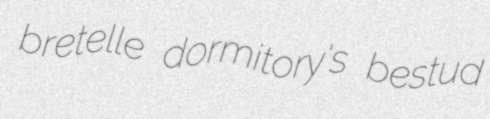
bretelle dormitory's bestud